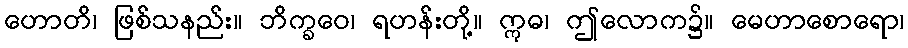
ဟောတိ၊ ဖြစ်သနည်း။ ဘိက္ခဝေ၊ ရဟန်းတို့။ ဣဓ၊ ဤလောက၌။ မေဟာစောရော၊